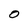
Character: 0